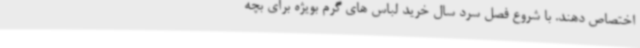
اختصاص دهند. با شروع فصل سرد سال خرید لباس های گرم بویژه برای بچه